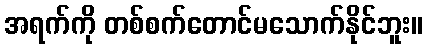
အရက်ကို တစ်စက်တောင်မသောက်နိုင်ဘူး။